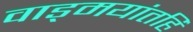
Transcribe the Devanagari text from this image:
वाड्मयांतहि